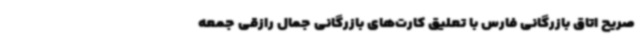
صریح اتاق بازرگانی فارس با تعلیق کارت‌های بازرگانی جمال رازقی جمعه